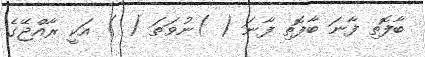
ބާފޮތި ފާނަ ބާފޮތި ފާނަ ( )ނުވަތަ ( ) އަކީ ރާއްޖޭގެ